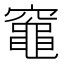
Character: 𥨫